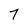
Character: 7